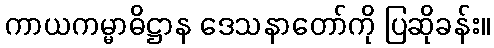
ကာယကမ္မာဓိဋ္ဌာန ဒေသနာတော်ကို ပြဆိုခန်း။